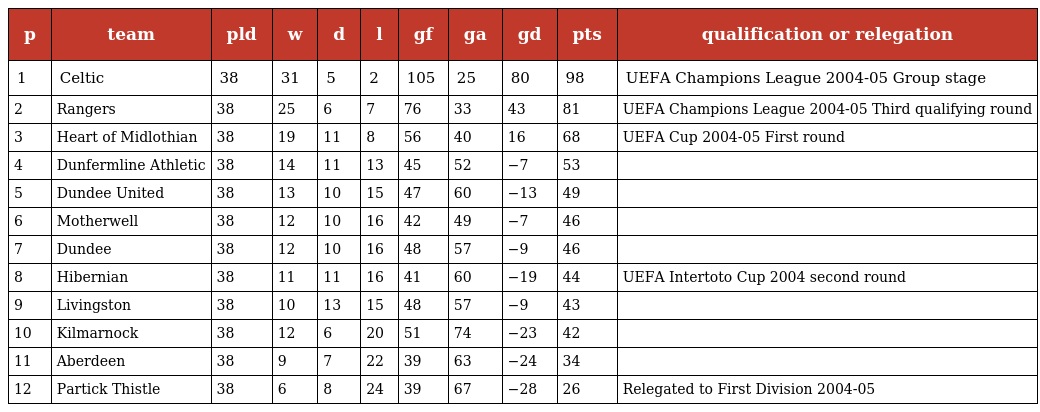
| p | team | pld | w | d | l | gf | ga | gd | pts | qualification or relegation |
 | --- | --- | --- | --- | --- | --- | --- | --- | --- | --- | --- |
 | 1 | Celtic | 38 | 31 | 5 | 2 | 105 | 25 | 80 | 98 | UEFA Champions League 2004-05 Group stage |
 | 2 | Rangers | 38 | 25 | 6 | 7 | 76 | 33 | 43 | 81 | UEFA Champions League 2004-05 Third qualifying round |
 | 3 | Heart of Midlothian | 38 | 19 | 11 | 8 | 56 | 40 | 16 | 68 | UEFA Cup 2004-05 First round |
 | 4 | Dunfermline Athletic | 38 | 14 | 11 | 13 | 45 | 52 | −7 | 53 |  |
 | 5 | Dundee United | 38 | 13 | 10 | 15 | 47 | 60 | −13 | 49 |  |
 | 6 | Motherwell | 38 | 12 | 10 | 16 | 42 | 49 | −7 | 46 |  |
 | 7 | Dundee | 38 | 12 | 10 | 16 | 48 | 57 | −9 | 46 |  |
 | 8 | Hibernian | 38 | 11 | 11 | 16 | 41 | 60 | −19 | 44 | UEFA Intertoto Cup 2004 second round |
 | 9 | Livingston | 38 | 10 | 13 | 15 | 48 | 57 | −9 | 43 |  |
 | 10 | Kilmarnock | 38 | 12 | 6 | 20 | 51 | 74 | −23 | 42 |  |
 | 11 | Aberdeen | 38 | 9 | 7 | 22 | 39 | 63 | −24 | 34 |  |
 | 12 | Partick Thistle | 38 | 6 | 8 | 24 | 39 | 67 | −28 | 26 | Relegated to First Division 2004-05 |